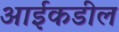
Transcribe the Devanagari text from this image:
आईकडील